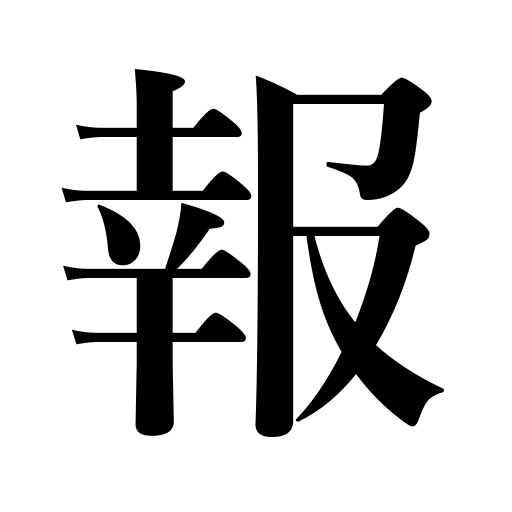
Meanings: retribution,reward,repay,report,compensate,revenge,news